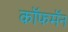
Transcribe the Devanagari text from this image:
कॉफमॅन